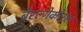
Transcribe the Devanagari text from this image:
बेरल्गेकोरल